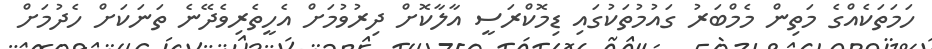
ހަމަތަކެއްގެ މަތިން މެމްބަރު ގައުމުތަކުގައި ޑިމޮކްރަސީ އާލާކޮށް ދިރުވުމަށް އެހީތެރިވެދޭނެ ތަނަކަށް ހެދުމަށް